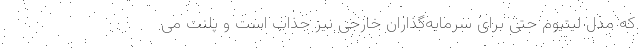
که مدل لیتیوم حتی برای سرمایه‌گذاران خارجی نیز جذاب است و پلنت می